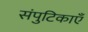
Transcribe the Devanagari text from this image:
संपुटिकाएँ